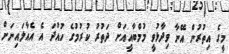
މީގެ އިތުރުން އޭނާ ވިދާޅުވީ މުމްބާއީއަށް ދަތުރު ކުރުމުގެ ހުއްދަ އެ އެއާލައިނަށް